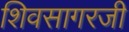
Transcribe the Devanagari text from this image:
शिवसागरजी